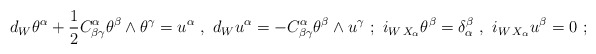
\begin{align*}d_W\theta^\alpha +{1\over 2} C^{\alpha}_{\beta\gamma}\theta^\beta\wedge \theta^\gamma = u^\alpha\ ,\ {}d_W u^\alpha = - C^{\alpha}_{\beta\gamma} \theta^\beta \wedge u^\gamma\ ;\ {}i_{W\,X_\alpha}\theta^\beta=\delta_\alpha^\beta\ ,\ {}i_{W\,X_\alpha} u^\beta=0\ ;\end{align*}